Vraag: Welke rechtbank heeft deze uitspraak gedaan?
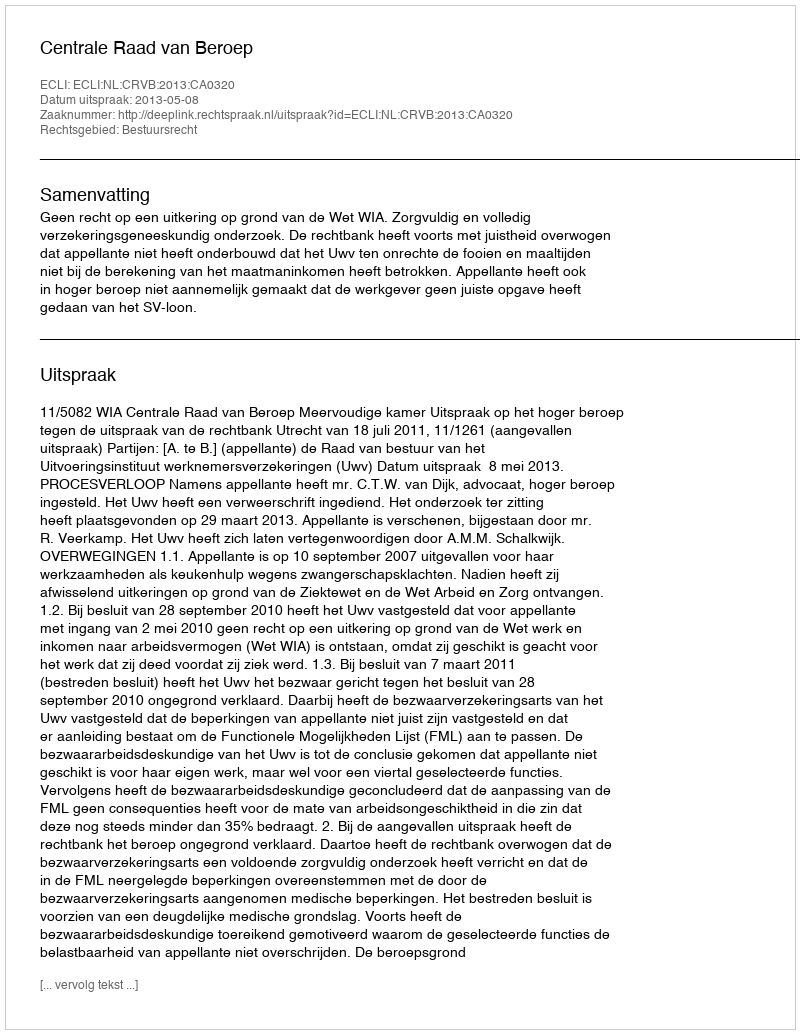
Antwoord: Centrale Raad van Beroep